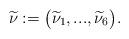
LaTeX: \begin{align*} \widetilde{\nu}:=\big(\widetilde{\nu}_1,...,\widetilde{\nu}_6\big).\end{align*}